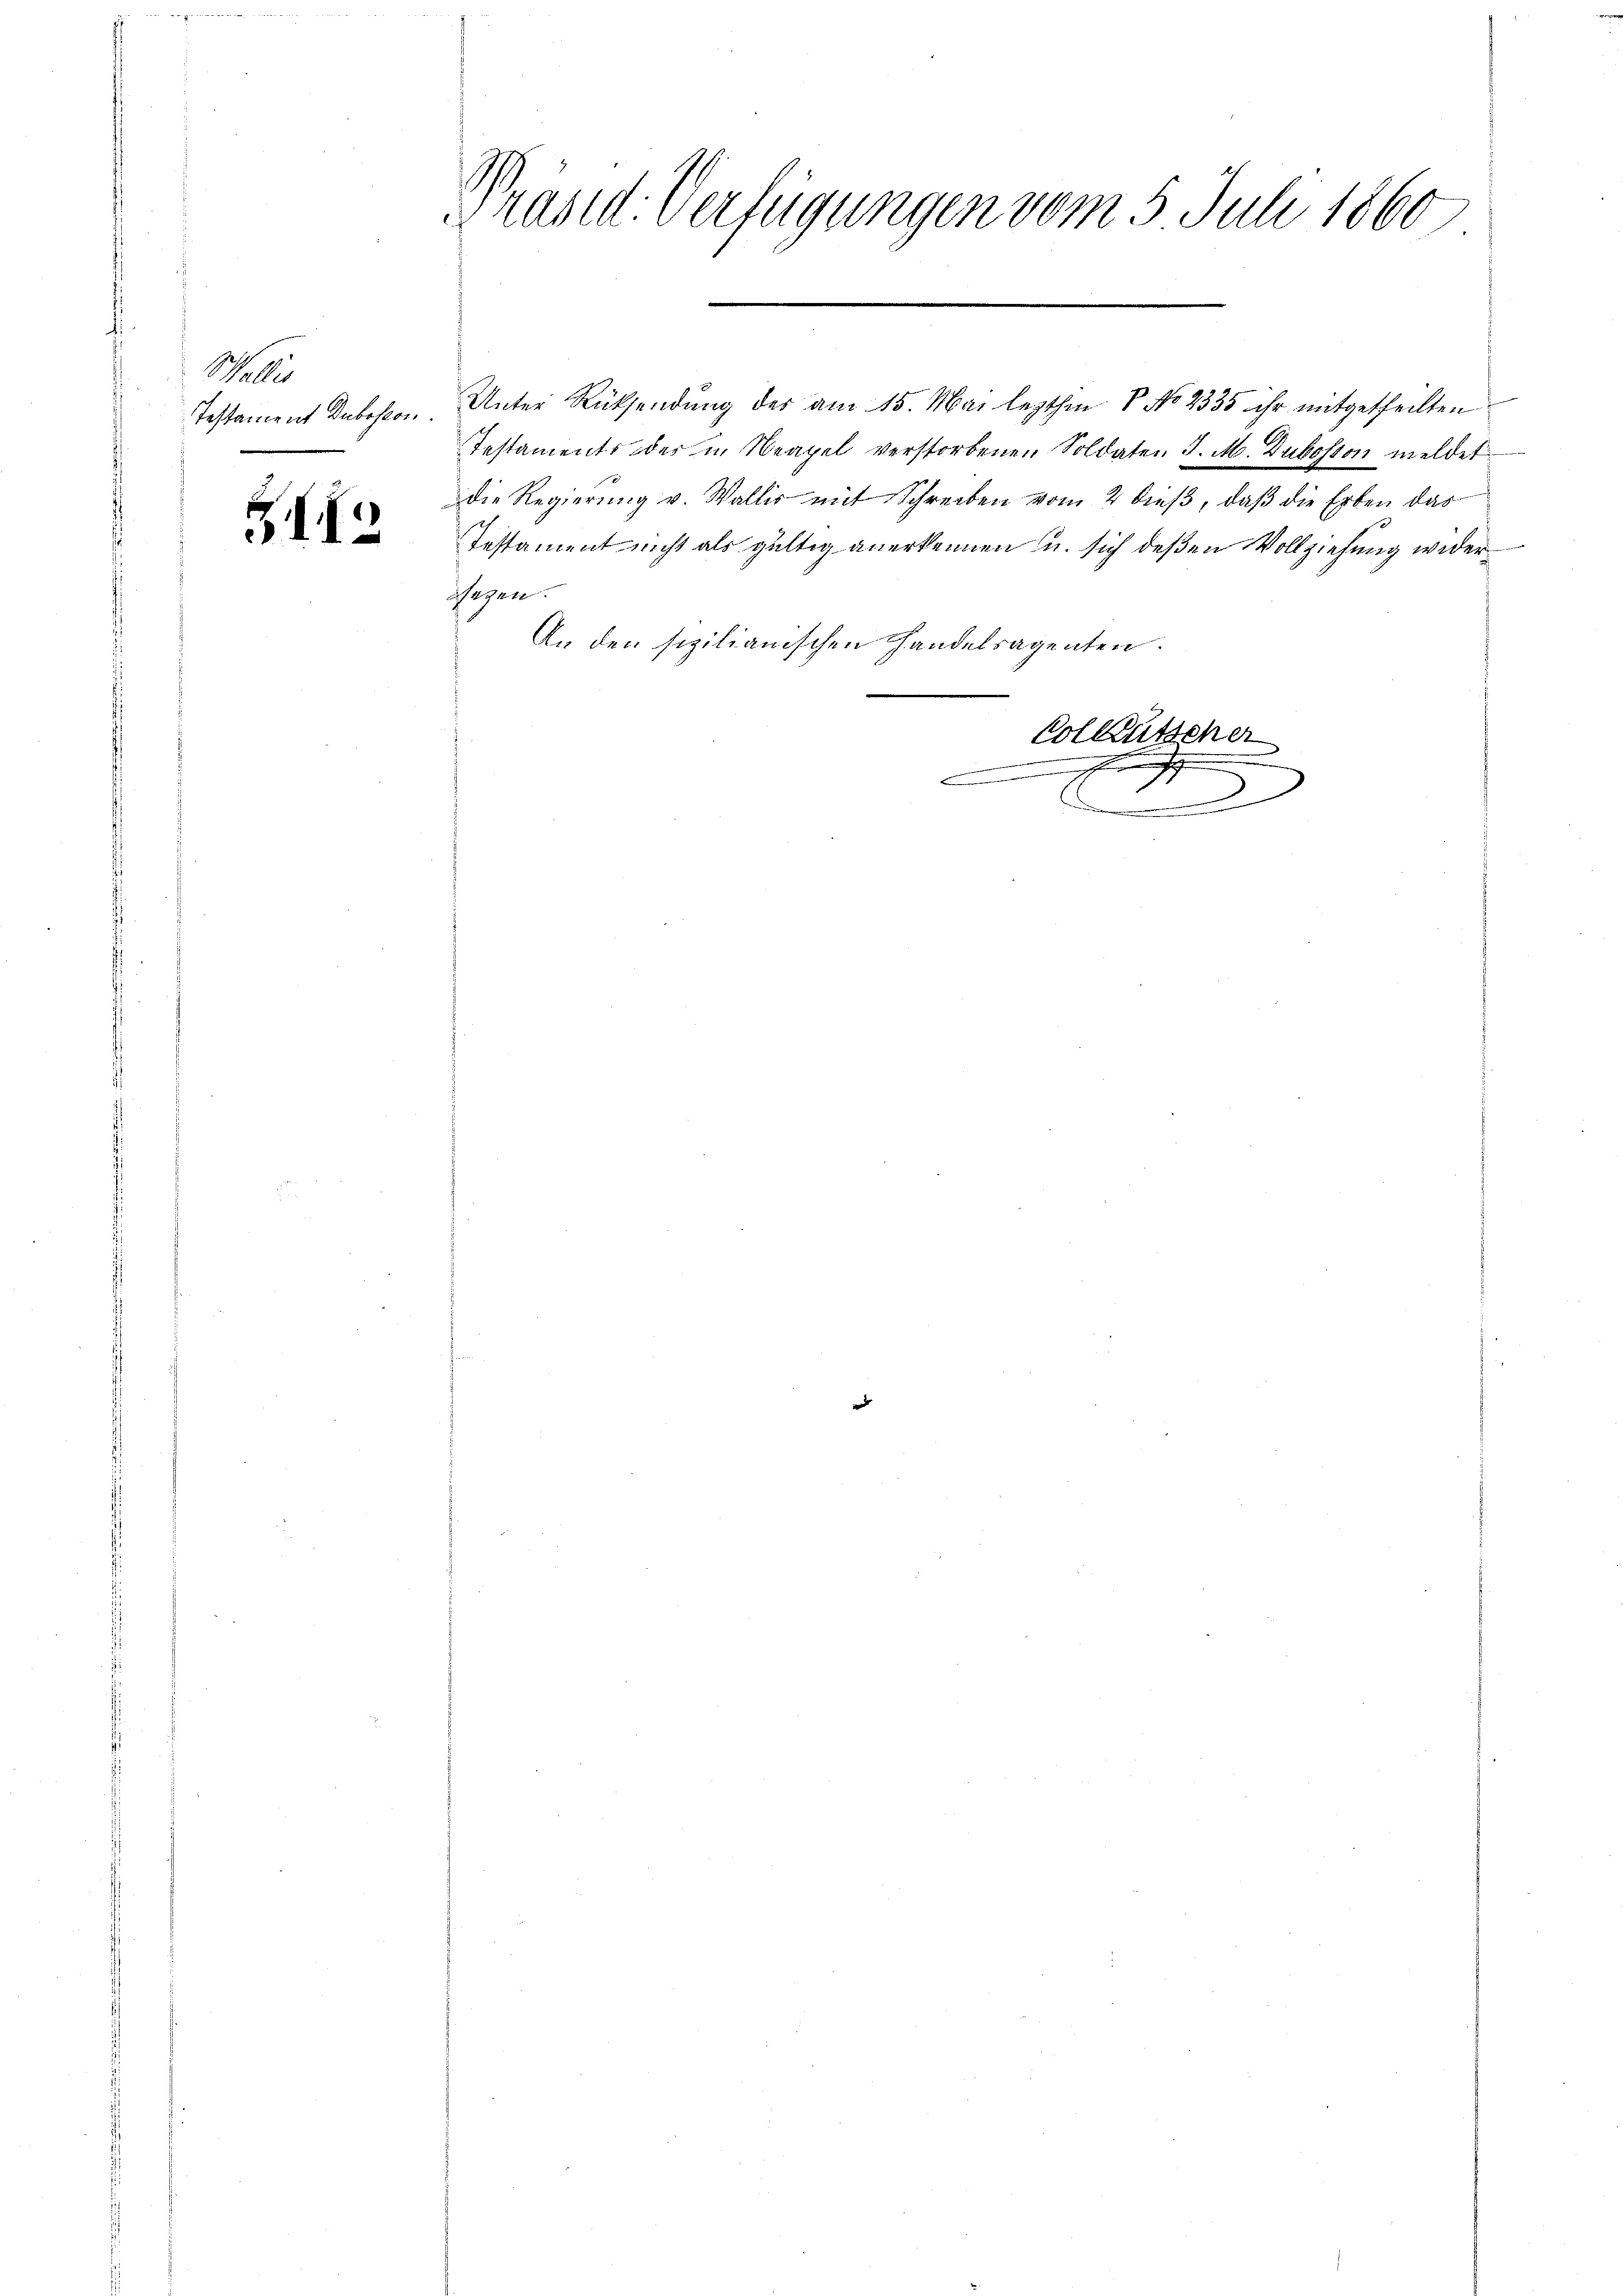
Schalles
Testament Dubosion.

312

Präsid. Verfügungen vom 5. Juli 1860
x
n
94

Unter Rücksendung des am 15. Mai lezthin V No 2335 ihr mitgetheilten
Testaments des in Neapel verstorbenen Soldaten J. M. Duboston meldet
die Regierŭng v. Wallis mit Schreiben vom 2 dieβ, daβ die Erben das
Testament nicht als gültig anerkennen u. sich deßen Vollziehung wider
Wegen.
An den sizilianischen Handelsagenten.

.

J
.

Colkutscher
.
e

e